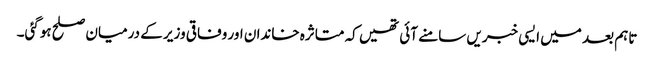
تاہم بعد میں ایسی خبریں سامنے آئی تھیں کہ متاثرہ خاندان اور وفاقی وزیر کے درمیان صلح ہوگئی۔